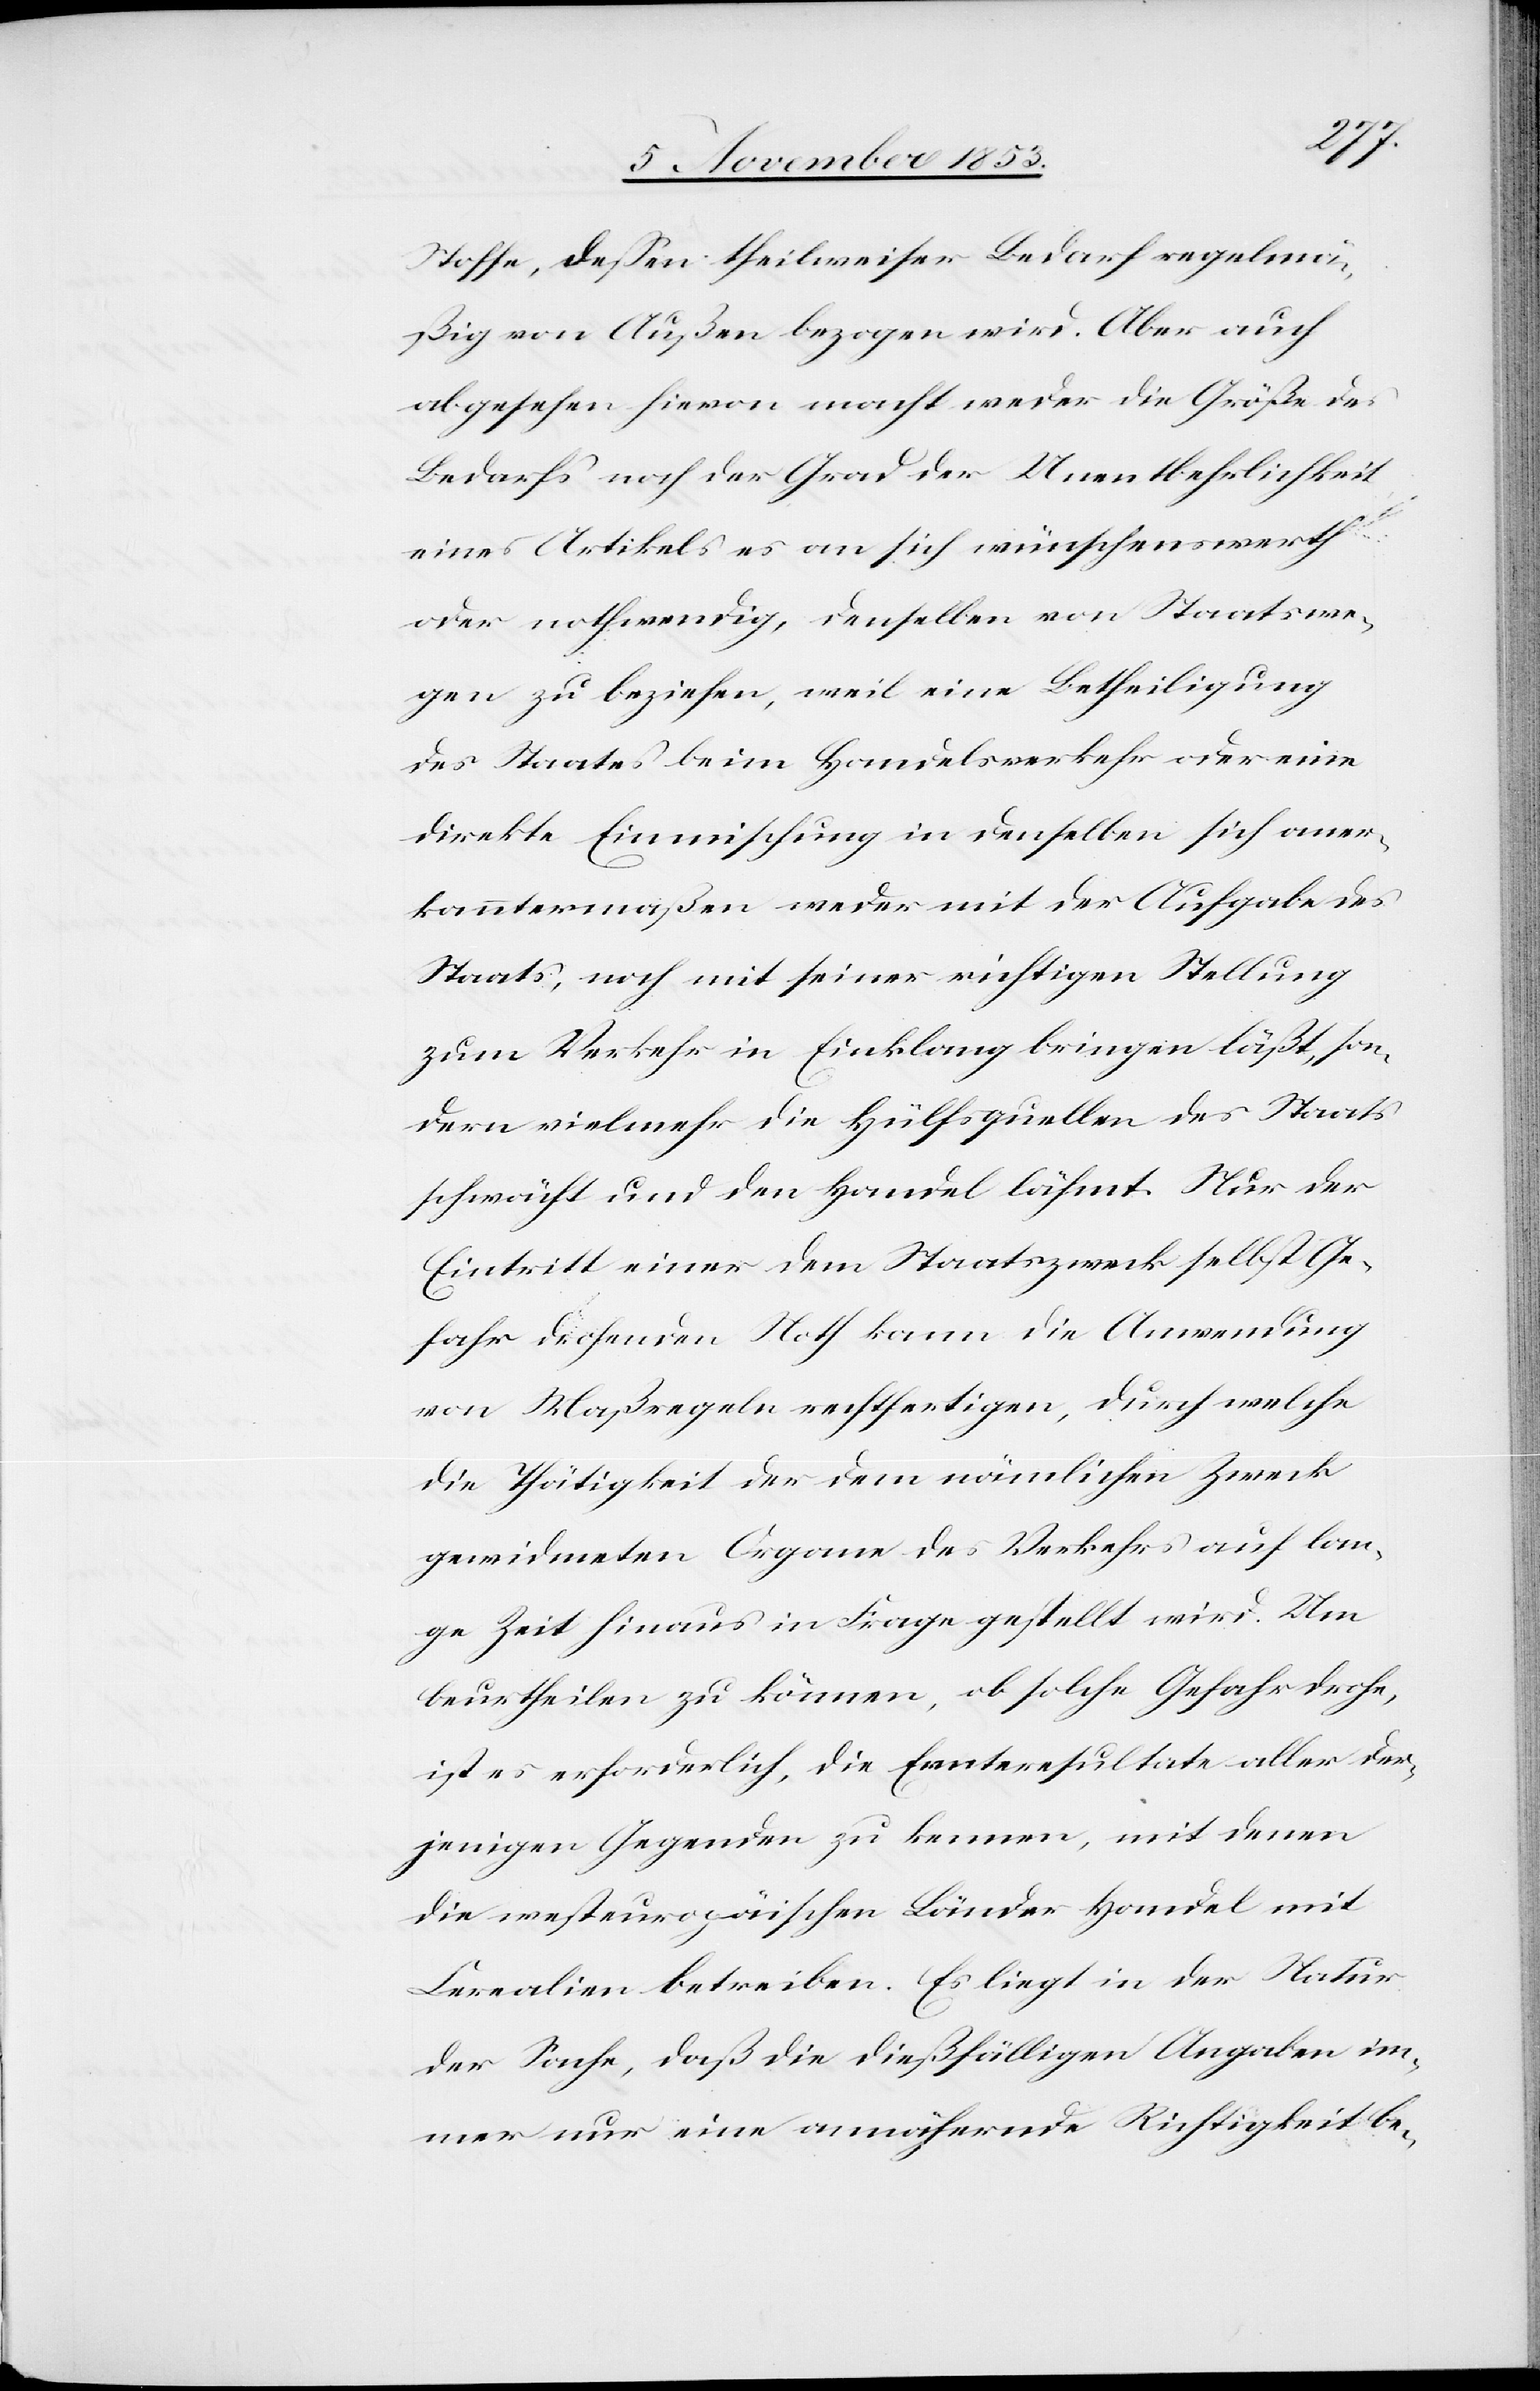
Stoffe, deßen theilweiser Bedarf regelmä¬
ßig von Außen bezogen wird. Aber auch
abgesehen hievon macht weder die Größe des
Bedarfs noch der Grad der Unentbehrlichkeit
eines Artikels es an sich wünschenswerth
oder nothwendig, denselben von Staatswe¬
gen zu beziehen, weil eine Betheiligung
des Staates beim Handelsverkehr oder eine
direkte Einmischung in denselben sich aner¬
kanntermaßen weder mit der Ausgabe des
Staats, noch mit seiner richtigen Stellung
zum Verkehr in Einklang bringen läßt, son¬
dern vielmehr die Hülfsquellen des Staats
schwächt und den Handel lähmt. Nur der
Eintritt einer dem Staatszweck selbst Ge¬
fahr drohenden Noth kann die Anwendung
von Maßregeln rechtfertigen, durch welche
die Thätigkeit der dem nämlichen Zweck
gewidmeten Organe des Verkehrs auf lan¬
ge Zeit hinaus in Frage gestellt wird. Um
beurtheilen zu können, ob solche Gefahr drohe,
ist es erforderlich, die Ernteresultate aller der¬
jenigen Gegenden zu kennen, mit denen
die resteuropäischen Länder Handel mit
Cerealien betreiben. Es liegt in der Natur
der Sache, daß die dießfälligen Angaben im¬
mer nur eine annähernde Richtigkeit be-